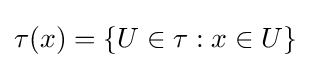
\tau (x)=\{U\in \tau :x\in U\}